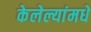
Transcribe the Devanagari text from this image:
केलेल्यांमधे